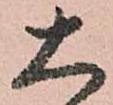
大